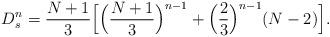
LaTeX: \begin{align*}D^{n}_{s} = \frac{N+1}{3}\Bigl[ \Bigl(\frac{N+1}{3}\Bigr)^{n-1} +\Bigl(\frac{2}{3}\Bigr)^{n-1} (N -2)\Bigr].\end{align*}